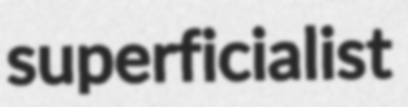
superficialist